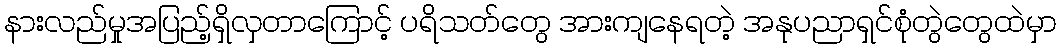
နားလည်မှုအပြည့်ရှိလှတာကြောင့် ပရိသတ်တွေ အားကျနေရတဲ့ အနုပညာရှင်စုံတွဲတွေထဲမှာ